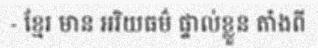
- ខ្មែរ មាន អរិយធម៌ ផ្ទាល់ខ្លួន តាំងពី